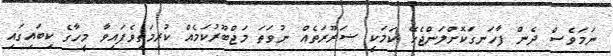
ނަމަވެސް ދެން ފާހަނގަކޮށްލަންޖެހޭ ކަމަކީ ޟަރޫރަތެއް ނުވަތަ މަޖްބޫރުކަމެއް ކުރިމަތިވެފައިވާ މީހާގެ ކިބައިގައި